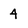
Character: 4